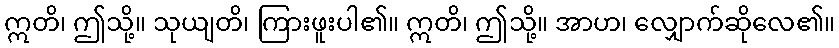
ဣတိ၊ ဤသို့။ သုယျတိ၊ ကြားဖူးပါ၏။ ဣတိ၊ ဤသို့။ အာဟ၊ လျှောက်ဆိုလေ၏။